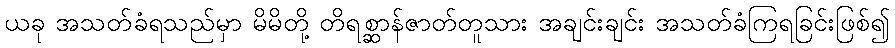
ယခု အသတ်ခံရသည်မှာ မိမိတို့ တိရစ္ဆာန်ဇာတ်တူသား အချင်းချင်း အသတ်ခံကြရခြင်းဖြစ်၍